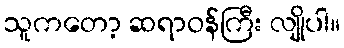
သူကတော့ ဆရာဝန်ကြီး လျိုပါ။